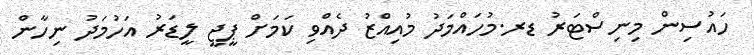
ހައުސިން މިނިސްޓަރު ޑރ.މުހައްމަދު މުއިއްޒު ދެއްވި ކަމަށް ޕީޖީ ލީޑަރު އަހުމަދު ނިހާން